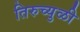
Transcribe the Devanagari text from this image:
तिरुच्युळी